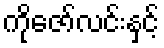
ကိုဇော်လင်းနှင့်